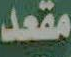
مقعد